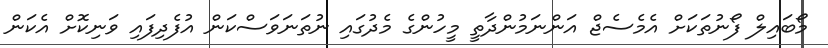
މޯބައިލް ފޯނުތަކަށް އެމެސެޖް އަންނަމުންދާތީ މީހުންގެ މެދުގައި ނުތަނަވަސްކަން އުފެދިފައި ވަނިކޮށް އެކަން